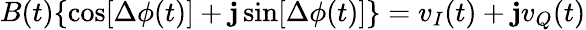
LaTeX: B(t)\{ \cos[\Delta\phi(t)]+\mathbf{j}\sin[\Delta\phi(t)]\} =v_{I}(t)+\mathbf{j}v_{Q}(t)